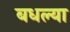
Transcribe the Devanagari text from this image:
बधल्या